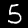
Label: 5